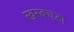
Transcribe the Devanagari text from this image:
खरबचडा